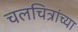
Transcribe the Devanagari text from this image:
चलचित्रांच्या